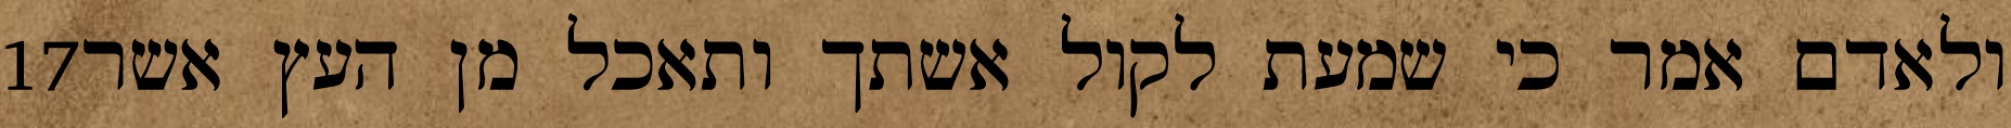
‎17‏ ולאדם אמר כי שמעת לקול אשתך ותאכל מן העץ אשר